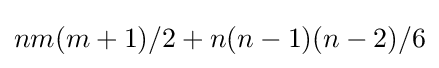
nm(m+1)/2+n(n-1)(n-2)/6